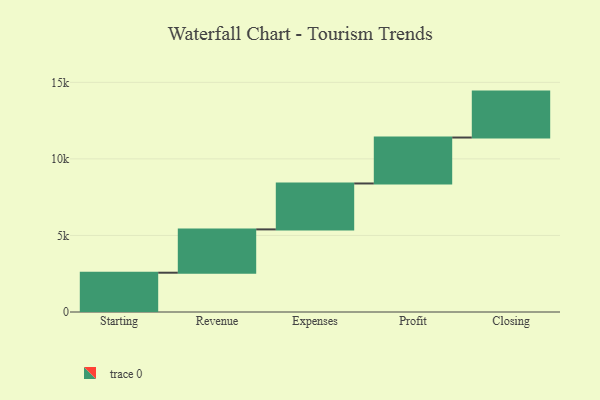
{"axis": {"x": "Step", "y": "Value"}, "legend": [""], "data": [{"x": "Starting", "y": 2566.0, "type": ""}, {"x": "Revenue", "y": 2829.0, "type": ""}, {"x": "Expenses", "y": 3000, "type": ""}, {"x": "Profit", "y": 3000, "type": ""}, {"x": "Closing", "y": 3000, "type": ""}]}